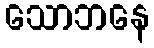
သောဘနေ